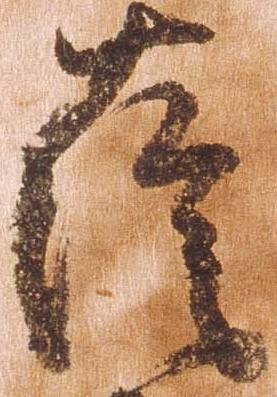
薩